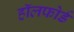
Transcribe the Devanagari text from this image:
हॉलफोर्ड